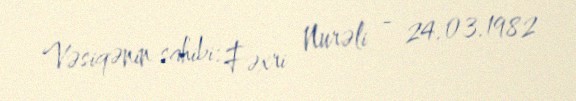
Vəsiqənin sahibi: Fəxri Nurəli - 24.03.1982